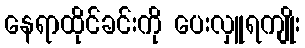
နေရာထိုင်ခင်းကို ပေးလှူရကျိုး